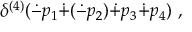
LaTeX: \delta ^ { ( 4 ) } ( \dot { - } p _ { 1 } \dot { + } ( \dot { - } p _ { 2 } ) \dot { + } p _ { 3 } \dot { + } p _ { 4 } ) ~ ,